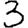
Digit: 3